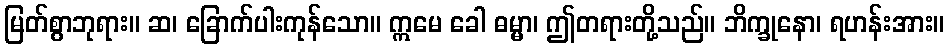
မြတ်စွာဘုရား။ ဆ၊ ခြောက်ပါးကုန်သော။ ဣမေ ခေါ ဓမ္မာ၊ ဤတရားတို့သည်။ ဘိက္ခုနော၊ ရဟန်းအား။